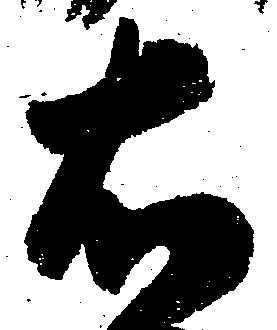
右